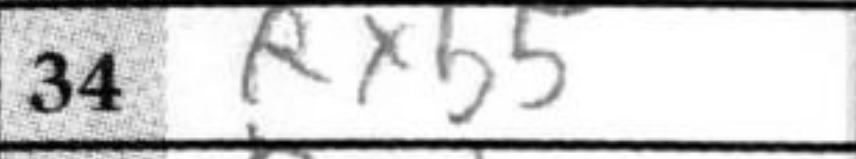
Transcription: Rxb5